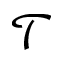
\mathcal { T }